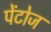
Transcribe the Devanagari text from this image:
पेंटोज